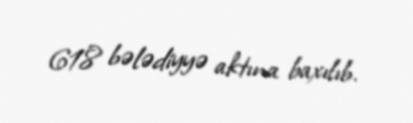
618 bələdiyyə aktına baxılıb.